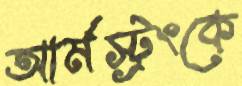
আর্মস্ট্রংকে